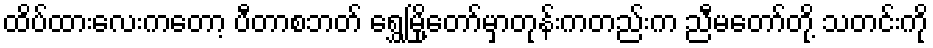
ထိပ်ထားလေးကတော့ ပီတာစဘတ် ရွှေမြို့တော်မှာတုန်းကတည်းက ညီမတော်တို့ သတင်းကို